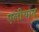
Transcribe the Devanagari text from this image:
एलीयान